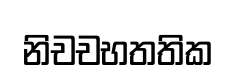
නිචචභතතික